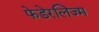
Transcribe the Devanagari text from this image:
फेडेरलिज्म